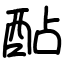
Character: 酟